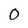
Character: O